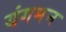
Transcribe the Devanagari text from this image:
यंगमन